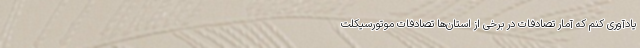
یادآوری کنم که آمار تصادفات در برخی از استان‌ها تصادفات موتورسیکلت